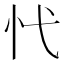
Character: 𢖺